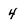
Character: 4